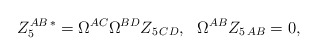
\begin{align*}Z_5^{AB\, *}=\Omega^{AC}\Omega^{BD} Z_{5\,CD}, \ \ \Omega^{AB}Z_{5\,AB}=0 ,\end{align*}